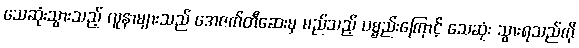
သေဆုံးသွားသည့် လူနာများသည် အေဇက်တီဆေးမှ မည်သည့် ပစ္စည်းကြောင့် သေဆုံး သွားရသည်ကို